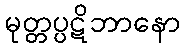
မုတ္တပ္ပဋိဘာနော